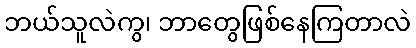
ဘယ်သူလဲကွ၊ ဘာတွေဖြစ်နေကြတာလဲ